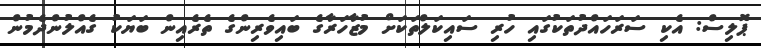
ޕޮލިސް: އެކި ސަރަހައްދުތަކުގައި ހުރި ސައިކަލްތަކަށް މުޒާހަރާގެ ބައިވެރިންގެ ތެރެއިން ބަޔަކު ގެއްލުންދެމުން